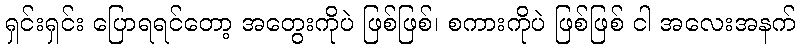
ရှင်းရှင်း ပြောရရင်တော့ အတွေးကိုပဲ ဖြစ်ဖြစ်၊ စကားကိုပဲ ဖြစ်ဖြစ် ငါ အလေးအနက်